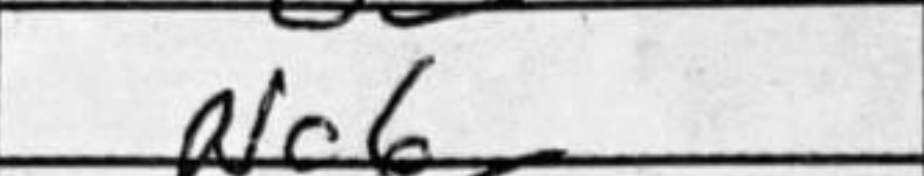
Transcription: Nc6